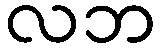
လဘ